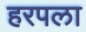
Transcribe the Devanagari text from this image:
हरपला